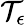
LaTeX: {\mathcal T}_{\epsilon}